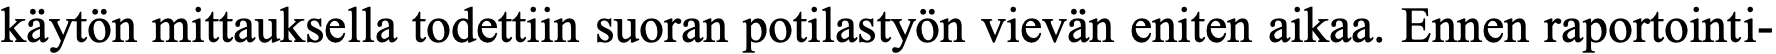
käytön mittauksella todettiin suoran potilastyön vievän eniten aikaa. Ennen raportointi-